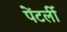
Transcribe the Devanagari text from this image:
पेंटर्ली